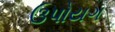
ઉપોયગ